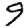
Digit: 9